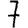
Digit: 7